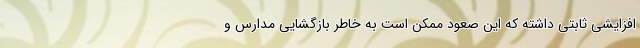
افزایشی ثابتی داشته که این صعود ممکن است به خاطر بازگشایی مدارس و